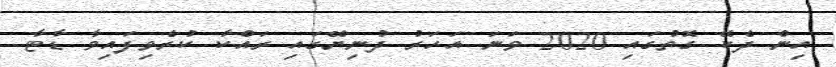
އިން ދެކޭ ގޮތުގައި 2020 ވަނަ އަހަރު ދުނިޔޭގައި ރައްކާ ކުރެވިފައިވާ ޑާޓާ